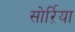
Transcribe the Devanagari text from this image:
सोर्ऱिया